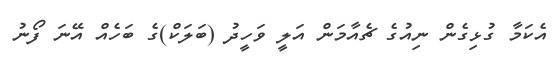
އެކަމާ ގުޅިގެން ނިއުގެ ޗެއާމަން އަލީ ވަހީދު (ބަލަކް)ގެ ބަހެއް އޭނަ ފޯނު